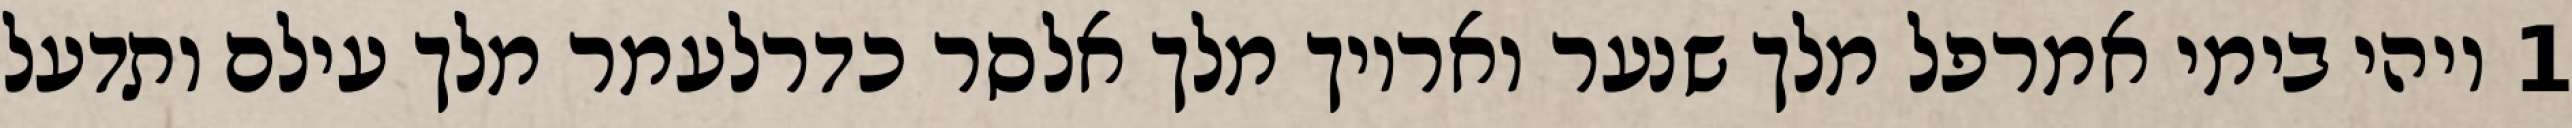
1 ויהי בימי אמרפל מלך שנער ואריוך מלך אלסר כדרלעמר מלך עילם ותדעל